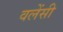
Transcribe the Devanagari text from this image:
वलेंसी